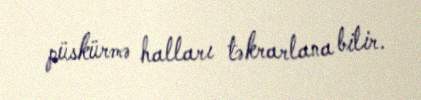
püskürmə halları təkrarlana bilir.